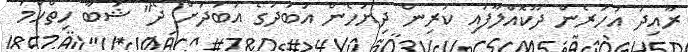
ރާއިދު އަހަރެން ދޫކޮއްލާފައި ކުރިން ދިޔަހެން އަބަދުގެ އަބަދަށް ދޭ" ޝަބާ ހިތްހަމަ